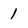
Character: 1